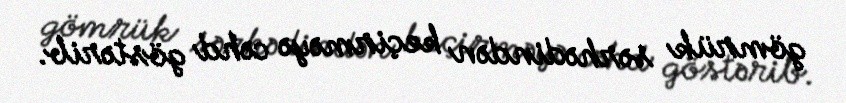
gömrük sərhədindən keçirməyə cəhd göstərib.